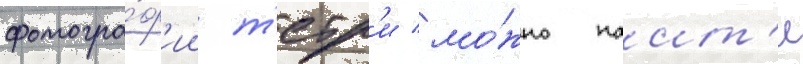
фотогра́ф'ии т'етр'и мо́жно наит'и